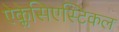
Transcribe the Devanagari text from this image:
ऐक्लेसिएस्टिकल